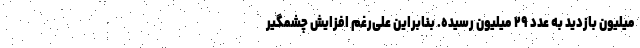
میلیون بازدید به عدد ۲۹ میلیون رسیده. بنابراین علی‌رغم افزایش چشمگیر